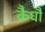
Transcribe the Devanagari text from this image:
कैधौ